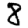
Digit: 8